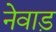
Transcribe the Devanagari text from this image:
नेवाड़